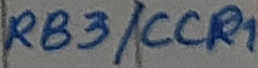
Text: RB3/CCP1